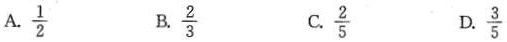
A. \frac { 1 } { 2 } B.\frac { 2 } { 3 } C. \frac { 2 } { 5 } D.\frac { 3 } { 5 }